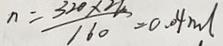
n = \frac { 3 2 0 \times 2 2 } { 1 6 0 } = 0 . 0 4 m l